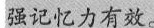
强记忆力有效。